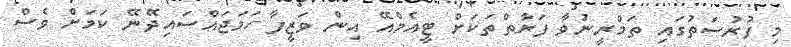
މި ފުރުސަތުގައި ތަމްރީނުވާ ފަރާތްތަކަށް ޓީއެމްއޭ އިން ވަޒީފާ ހަމަޖައްސައިދޭނޭ ކަމަށް ވެސް